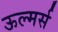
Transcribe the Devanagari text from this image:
ऊल्मर्स